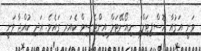
ވަނީ އަގުއާ ހޮސްޕިޓަލްގެ ނިއޯނޭޓަލް އިންޓެސިވް ކެއަރ ގައެވެ. އަދި ކުއްޖާ ވަނީ